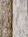
أن